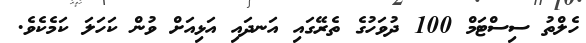
ހެލްތު ސިސްޓަމް 100 ދުވަހުގެ ތެރޭގައި އަނދައި އަޅިއަށް ވުން ކަހަލަ ކަމެކެވެ.